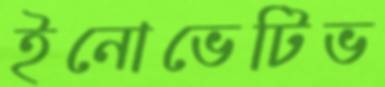
ইনোভেটিভ